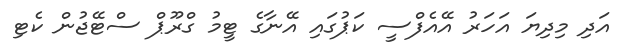
އަދި މިދިޔަ އަހަރު އޭއެފްސީ ކަޕުގައި އޭނާގެ ޓީމު ގްރޫޕް ސްޓޭޖުން ކެޓި